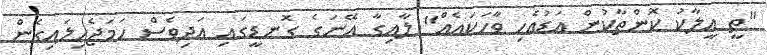
"ތީ އީލާކު ކޮންތާކުން އަޑުއެހި ވާހަކައެއް" ލާއިގާ އޭނަގެ ގޮނޑީގައި އަދިވެސް ހަމަޖެހިލައިގެން